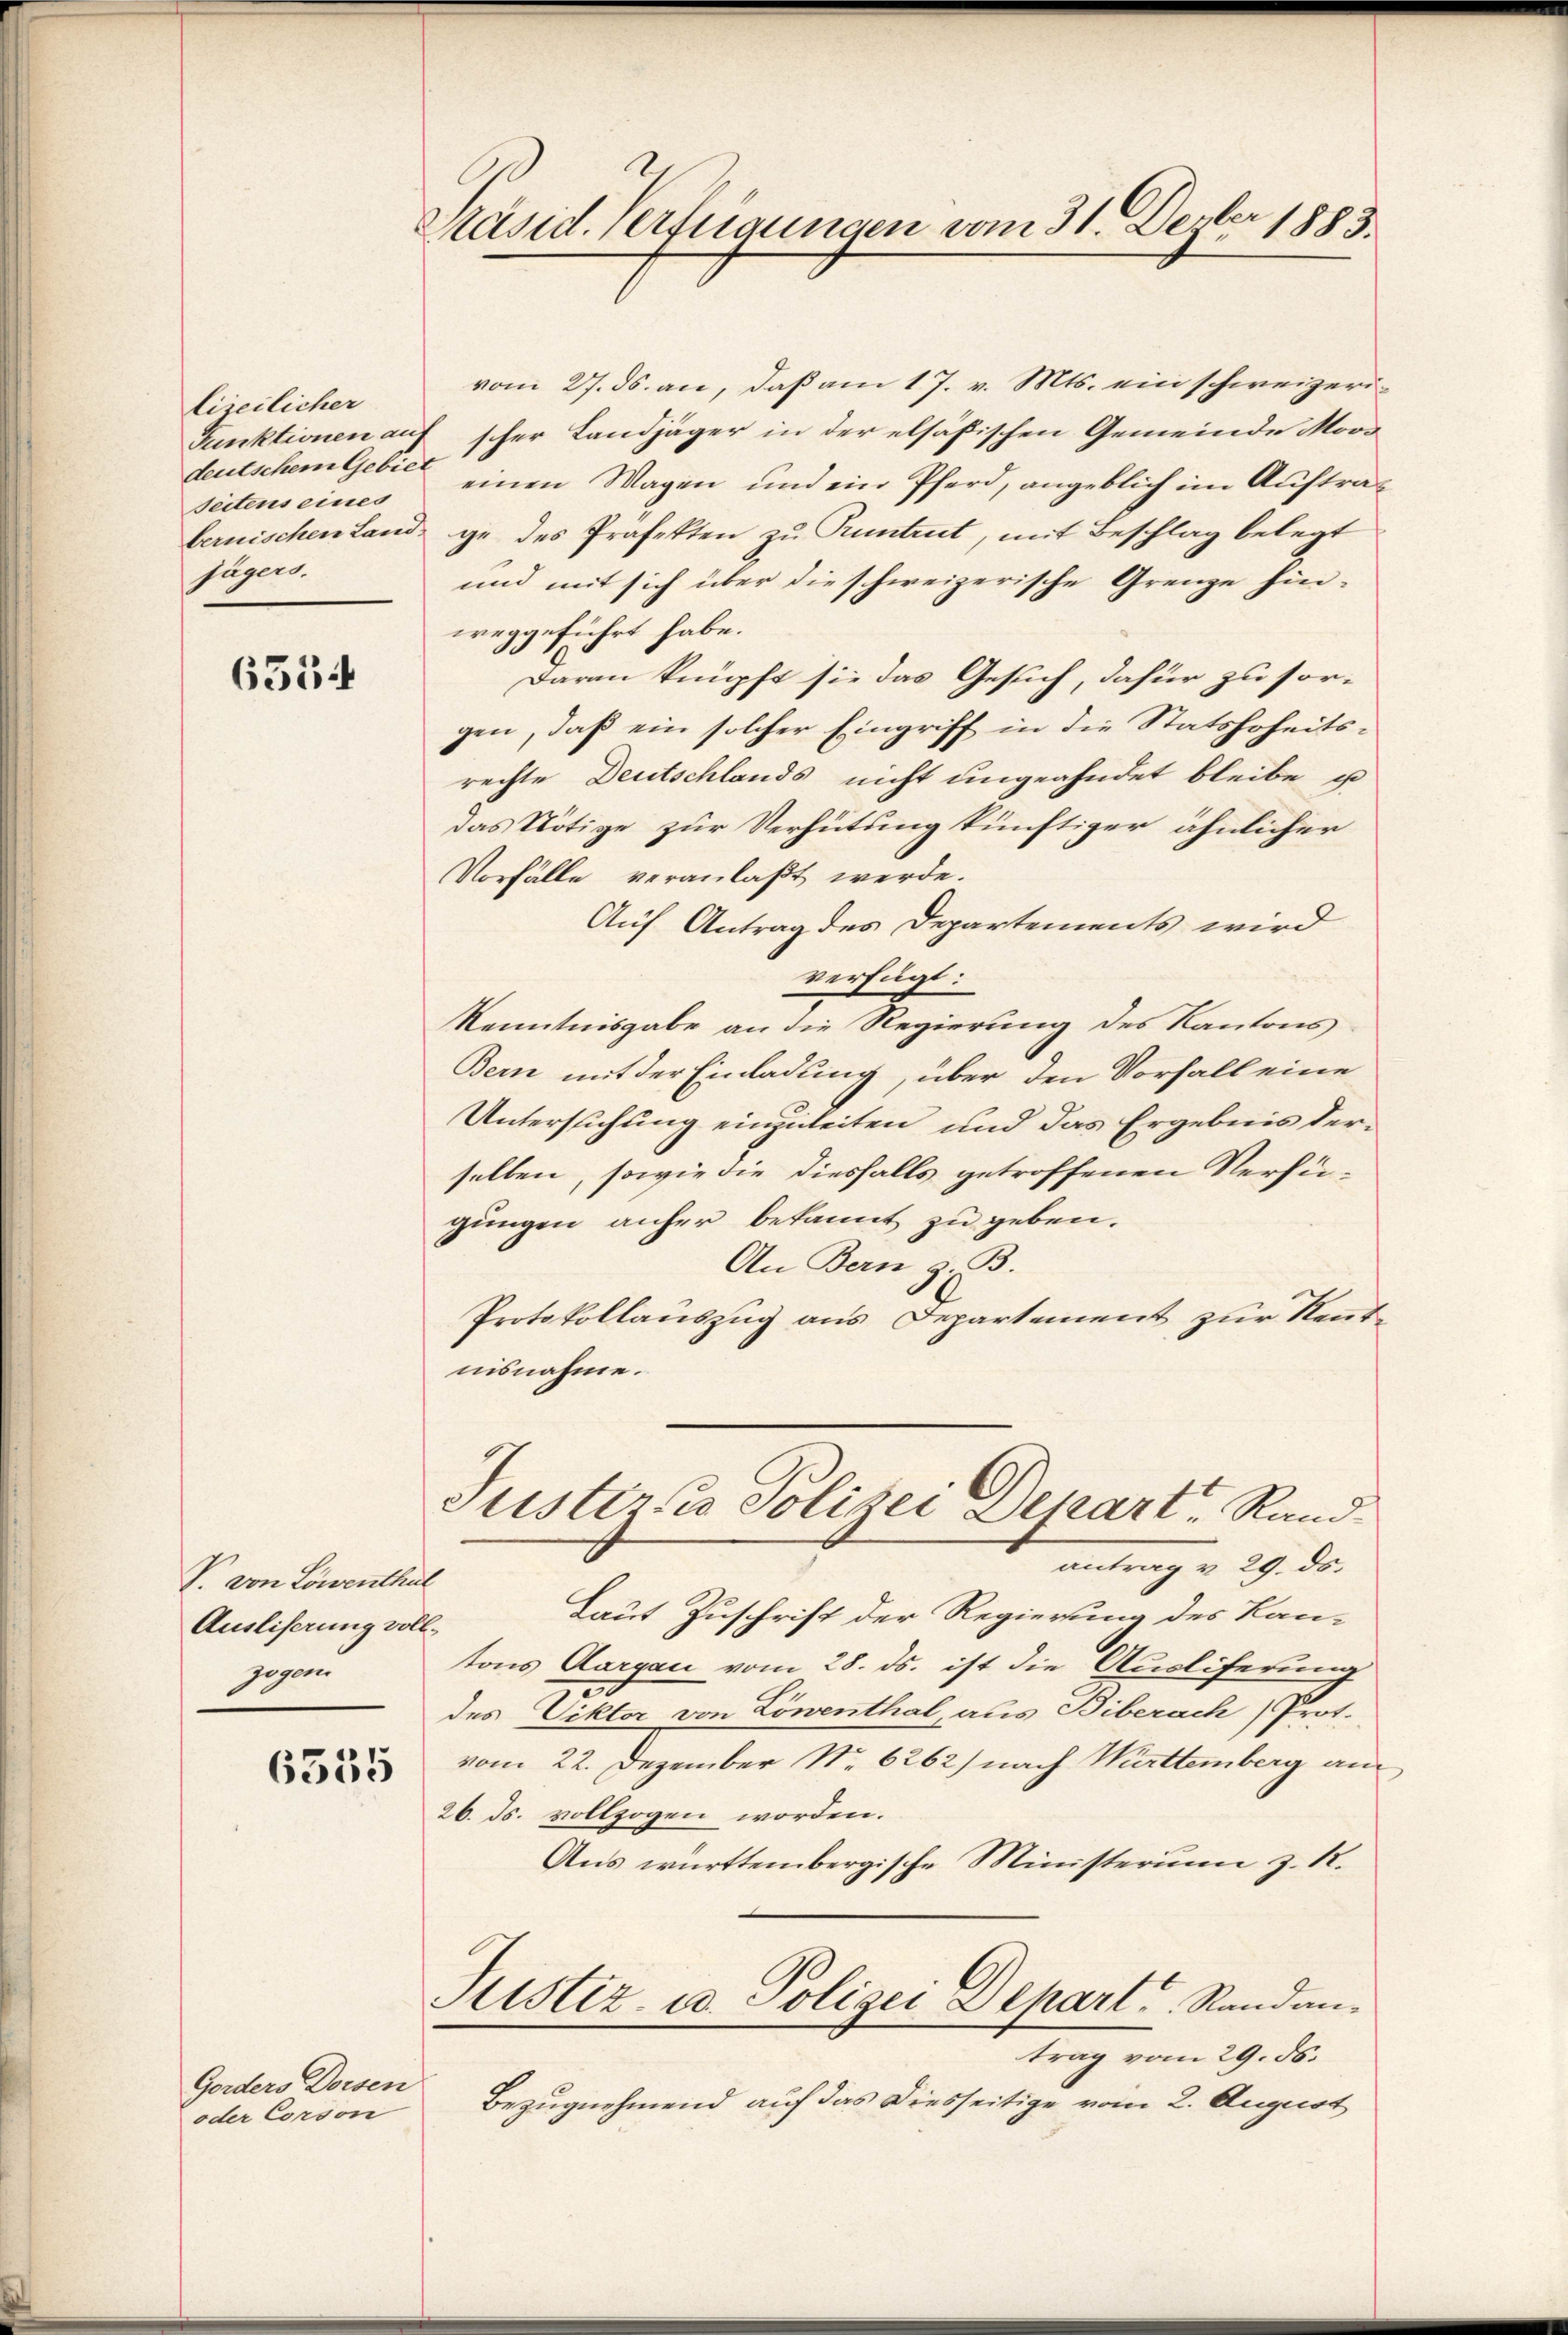
lizeilicher
deutschem Gebiet
Seitens eines
jägers.

6534

V. von Löwenthal
Ausliserung voll-
zogen

6355

Gorders Dorsen
oder Corson

Präsid. Verfügungen vom 31. Deuber 1883.

vom 27. ds. an, daß am 17. v. Mts. ein schweizeri¬
Funktionen auf scher Landjäger in der elsäßischen Gemeinde Mora
einen Wagen und ein Pferd, angeblich im Auftrag
bernischen Land ge des Präfekten zu Pruntrut, mit Beschlag belegt
und mit sich über die schweizerische Grenze hinweggeführt habe.
Daran knüpft sie das Gesuch, dafür zu sor-
gen, daß ein solcher Eingriff in die Statshoheitsrechte Deutschlands nicht ungeahndet bleibe, u
Das Nötige zur Verhütung künftiger ähnlicher
Vorfälle veranlaßt werde.
Auf Antrag des Departements wird
verfügt:
Kenntnisgabe an die Regierung des Kantons
Bern mit der Einladung, über den Vorfall eine
Untersuchung einzuleiten und das Ergebnis derselben, sowie die diesfalls getroffenen Verfügungen anher bekannt zu geben.
An Bern z. B.
Protokollauszug aus Departement zur Rentnisnahme.

Justiz & Polizei Depart Rand.
antrag v. 29. ds.

Laut Zuschrift der Regierung des Kan-
tons Aargau vom 28. ds. ist die Auslieferung
des Viktor von Löwenthal, aus Biberach Prot.
vom 22. Dezember Nr. 6262) nach Württemberg an
26. ds. vollzogen worden.
Aus württembergische Ministerium z. R.
Justiz- u. Polizei Depart Randantrag vom 29. ds.
Bezugnehmend auf das Diesseitige vom 2. August

.